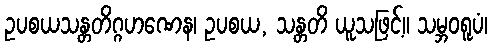
ဥပစယသန္တတိဂ္ဂဟဏေန၊ ဥပစယ, သန္တတိ ယူသဖြင့်။ သမ္ဘဝရူပံ၊